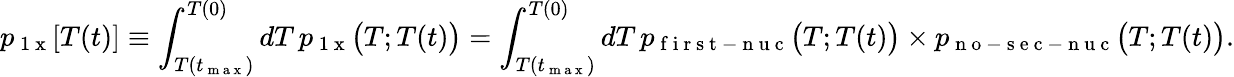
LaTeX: p_{\mathrm{~1~x~}}[T(t)]\equiv\int_{T(t_{\mathrm{~m~a~x~}})}^{T(0)}dT\, p_{\mathrm{~1~x~}}\big(T;T(t)\big)=\int_{T(t_{\mathrm{~m~a~x~}})}^{T(0)}dT\, p_{\mathrm{~f~i~r~s~t~-~n~u~c~}}\big(T;T(t)\big)\times p_{\mathrm{~n~o~-~s~e~c~-~n~u~c~}}\big(T;T(t)\big).